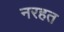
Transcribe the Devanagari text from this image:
नरहत